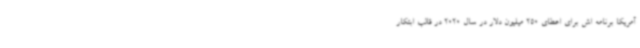
آمریکا برنامه اش برای اعطای 250 میلیون دلار در سال 2020 در قالب ابتکار